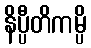
နိပ္ပီတိကမ္ပိ